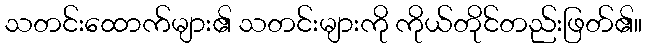
သတင်းထောက်များ၏ သတင်းများကို ကိုယ်တိုင်တည်းဖြတ်၏။